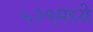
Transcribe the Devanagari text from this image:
५२९मध्ये